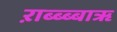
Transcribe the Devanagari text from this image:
ऱाब्ब्ब्बाॠ